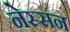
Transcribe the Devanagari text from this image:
नेस्‍सन